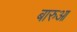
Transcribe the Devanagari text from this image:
बारुआ